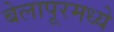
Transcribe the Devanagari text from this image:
बेलापूरमध्ये